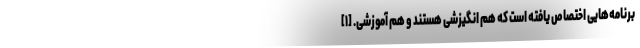
برنامه‌هایی اختصاص یافته است که هم انگیزشی هستند و هم آموزشی. [۱]